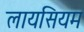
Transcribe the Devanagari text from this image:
लायसियम